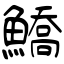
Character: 鱎